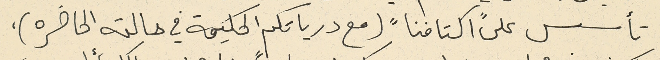
تأسس على "اكتافنا" (مع درياتكم الحكيمة في حالته الحاضره)،